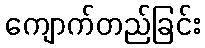
ကျောက်တည်ခြင်း